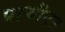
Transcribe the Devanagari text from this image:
प्राचीनत